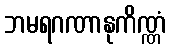
ဘမရဂဏာနုကိဏ္ဏံ